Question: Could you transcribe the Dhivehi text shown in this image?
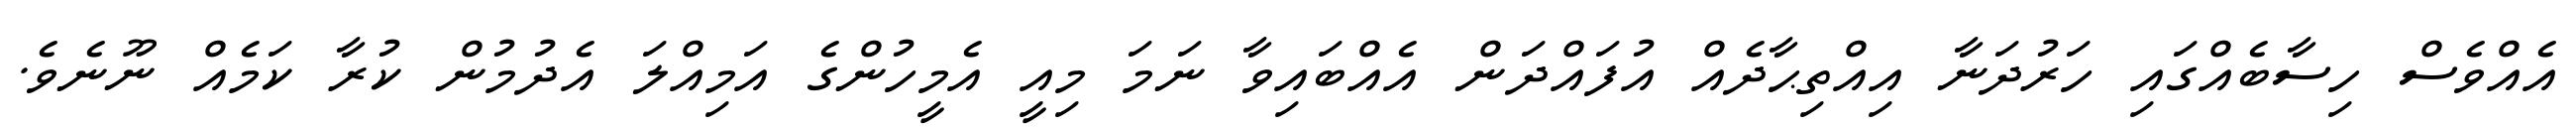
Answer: އެއްވެސް ހިސާބެއްގައި ހަރުދަނާ އިއްތިޙާދެއް އުފައްދަން އެއްބައިވާ ނަމަ މިއީ އެމީހުންގެ އަމިއްލަ އެދުމުން ކުރާ ކަމެއް ނޫނެވެ.